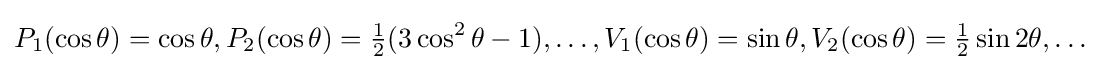
P_{1}(\cos \theta )=\cos \theta ,P_{2}(\cos \theta )={\tfrac {1}{2}}(3\cos ^{2}\theta -1),\dots ,V_{1}(\cos \theta )=\sin \theta ,V_{2}(\cos \theta )={\tfrac {1}{2}}\sin 2\theta ,\dots